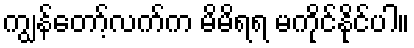
ကျွန်တော့်လက်က မိမိရရ မကိုင်နိုင်ပါ။